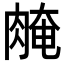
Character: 𦜽